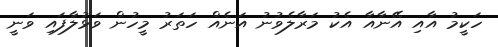
ހަކީމު އާއި އޭނާއާ އެކު މަރާލެވުނު އަނެއް ހަތަރު މީހުން ވަޅުލާފައި ވަނީ